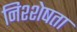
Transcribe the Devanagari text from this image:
निश्शेषता